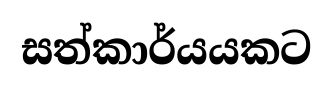
සත්කාර්යයකට